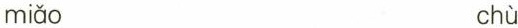
miǎo chù